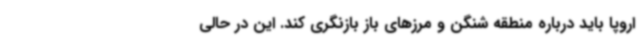
اروپا باید درباره منطقه شنگن و مرزهای باز بازنگری کند. این در حالی